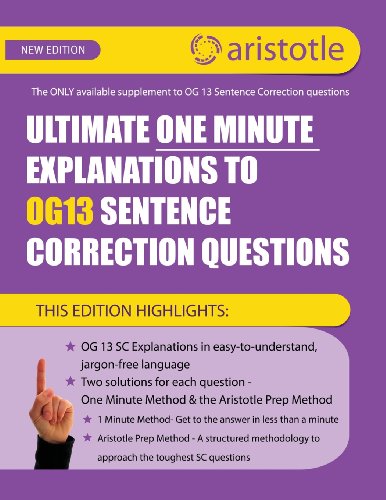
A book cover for Ultimate One Minute Explanations to OG13 SC; Aristotle Prep; Business & Money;